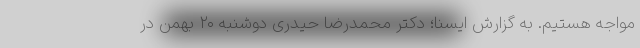
مواجه هستیم. به گزارش ایسنا؛ دکتر محمدرضا حیدری دوشنبه ۲۰ بهمن در